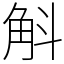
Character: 斛